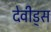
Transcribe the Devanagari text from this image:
देवीड्स